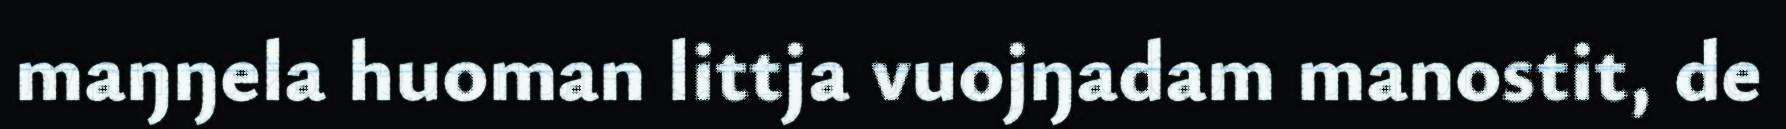
maŋŋela huoman littja vuojŋadam manostit, de